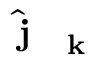
\hat { \mathrm { ~ \bf ~ j ~ } } _ { \mathrm { ~ \bf ~ k ~ } }